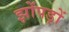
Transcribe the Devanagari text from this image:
झोंपड़ों